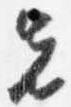
先